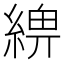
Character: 𦂢